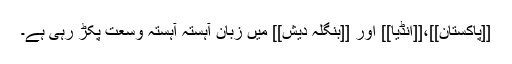
[[پاکستان]]،[[انڈیا]] اور [[بنگلہ دیش]] میں زبان آہستہ آہستہ وسعت پکڑ رہی ہے۔